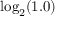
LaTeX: \log _ { 2 } ( 1 . 0 )